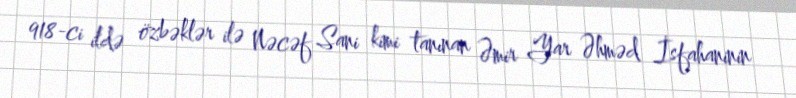
918-ci ildə özbəklər ilə Nəcəf Sani kimi tanınan Əmir Yar Əhməd İsfahaninin